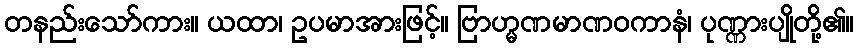
တနည်းသော်ကား။ ယထာ၊ ဥပမာအားဖြင့်။ ဗြာဟ္မဏမာဏဝကာနံ၊ ပုဏ္ဏားပျိုတို့၏။